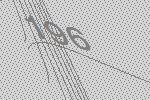
196